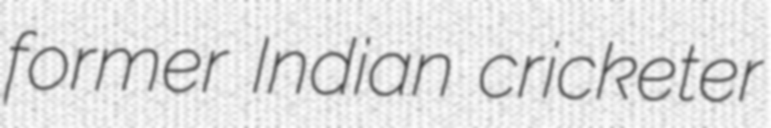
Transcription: former Indian cricketer